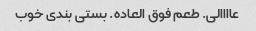
عاااالی. طعم فوق العاده. بستی بندی خوب